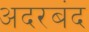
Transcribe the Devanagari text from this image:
अदरबंद